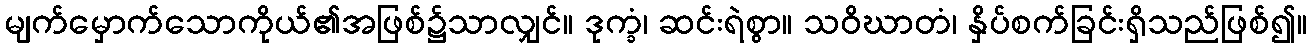
မျက်မှောက်သောကိုယ်၏အဖြစ်၌သာလျှင်။ ဒုက္ခံ၊ ဆင်းရဲစွာ။ သဝိဃာတံ၊ နှိပ်စက်ခြင်းရှိသည်ဖြစ်၍။